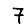
Digit: 7